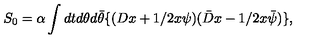
S _ { 0 } = \alpha \int d t d \theta d \bar { \theta } \{ ( D x + 1 / 2 x \psi ) ( \bar { D } x - 1 / 2 x \bar { \psi } ) \} ,